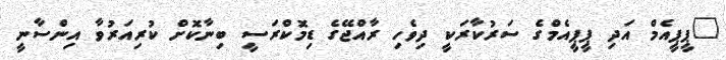
"ޕީޕީއެމް އަދި ޕީޕީއެމްގެ ސަރުކާރަކީ ދިވެހި ރާއްޖޭގެ ޑިމޮކްރަސީ ބިނާކޮށް ކުރިއަރުވާ އިންސާނީ